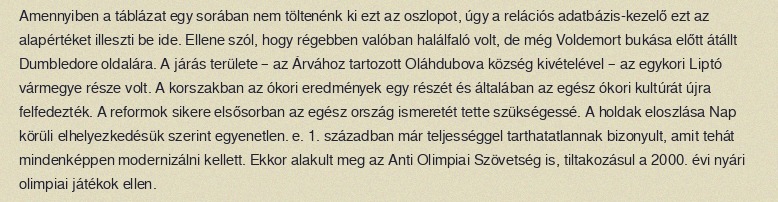
Amennyiben a táblázat egy sorában nem töltenénk ki ezt az oszlopot, úgy a relációs adatbázis-kezelő ezt az alapértéket illeszti be ide. Ellene szól, hogy régebben valóban halálfaló volt, de még Voldemort bukása előtt átállt Dumbledore oldalára. A járás területe – az Árvához tartozott Oláhdubova község kivételével – az egykori Liptó vármegye része volt. A korszakban az ókori eredmények egy részét és általában az egész ókori kultúrát újra felfedezték. A reformok sikere elsősorban az egész ország ismeretét tette szükségessé. A holdak eloszlása Nap körüli elhelyezkedésük szerint egyenetlen. e. 1. században már teljességgel tarthatatlannak bizonyult, amit tehát mindenképpen modernizálni kellett. Ekkor alakult meg az Anti Olimpiai Szövetség is, tiltakozásul a 2000. évi nyári olimpiai játékok ellen.